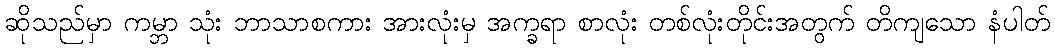
ဆိုသည်မှာ ကမ္ဘာ သုံး ဘာသာစကား အားလုံးမှ အက္ခရာ စာလုံး တစ်လုံးတိုင်းအတွက် တိကျသော နံပါတ်